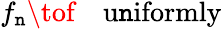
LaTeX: f_{\mathtt{n}}\tof\quad\mathrm{{u\mathtt{n}iformly}}